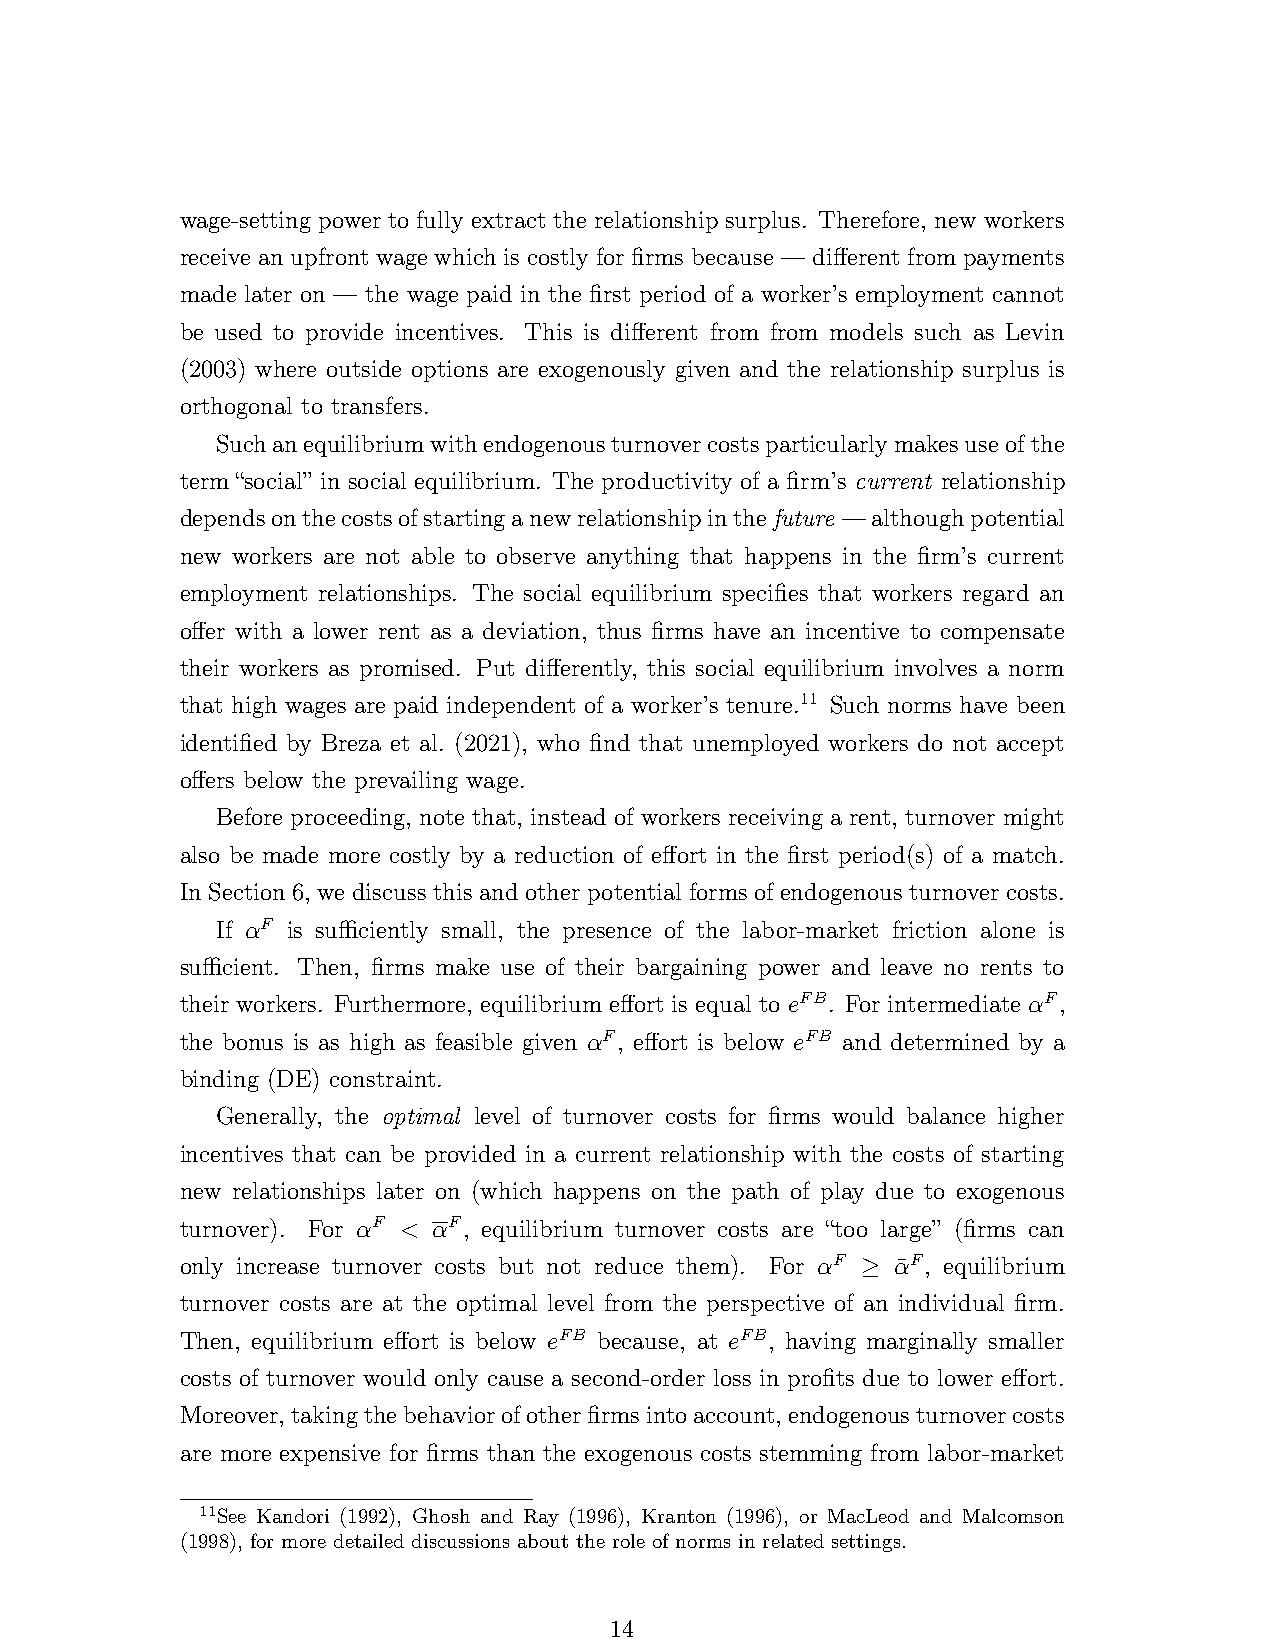
wage-setting power to fully extract the relationship surplus. Therefore, new workers
 receive an upfront wage which is costly for firms because — different from payments
 made later on — the wage paid in the first period of a worker’s employment cannot
 be used to provide incentives. This is different from from models such as Levin
 (2003) where outside options are exogenously given and the relationship surplus is
 orthogonal to transfers.
 Suchanequilibriumwithendogenousturnovercostsparticularlymakesuseofthe
 term “social” in social equilibrium. The productivity of a firm’s current relationship
 dependsonthecostsofstartinganewrelationshipinthefuture —althoughpotential
 new workers are not able to observe anything that happens in the firm’s current
 employment relationships. The social equilibrium specifies that workers regard an
 offer with a lower rent as a deviation, thus firms have an incentive to compensate
 their workers as promised. Put differently, this social equilibrium involves a norm
 that high wages are paid independent of a worker’s tenure.11 Such norms have been
 identified by Breza et al. (2021), who find that unemployed workers do not accept
 offers below the prevailing wage.
 Before proceeding, note that, instead of workers receiving a rent, turnover might
 also be made more costly by a reduction of effort in the first period(s) of a match.
 In Section 6, we discuss this and other potential forms of endogenous turnover costs.
 If αF is sufficiently small, the presence of the labor-market friction alone is
 sufficient. Then, firms make use of their bargaining power and leave no rents to
 their workers. Furthermore, equilibrium effort is equal to eFB. For intermediate αF,
 the bonus is as high as feasible given αF, effort is below eFB and determined by a
 binding (DE) constraint.
 Generally, the optimal level of turnover costs for firms would balance higher
 incentives that can be provided in a current relationship with the costs of starting
 new relationships later on (which happens on the path of play due to exogenous
 turnover). For αF < αF, equilibrium turnover costs are “too large” (firms can
 only increase turnover costs but not reduce them). For αF ≥ α¯F, equilibrium
 turnover costs are at the optimal level from the perspective of an individual firm.
 Then, equilibrium effort is below eFB because, at eFB, having marginally smaller
 costs of turnover would only cause a second-order loss in profits due to lower effort.
 Moreover, takingthebehaviorofotherfirmsintoaccount, endogenousturnovercosts
 are more expensive for firms than the exogenous costs stemming from labor-market
 11See Kandori (1992), Ghosh and Ray (1996), Kranton (1996), or MacLeod and Malcomson
 (1998), for more detailed discussions about the role of norms in related settings.
 14